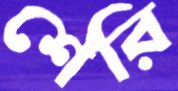
শেরি